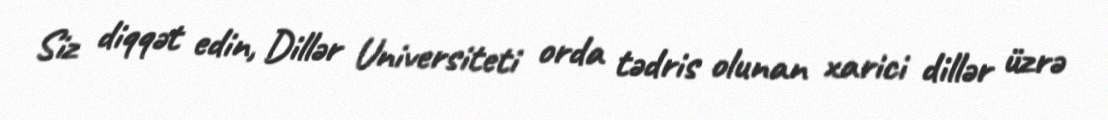
Siz diqqət edin, Dillər Universiteti orda tədris olunan xarici dillər üzrə